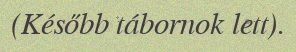
(Később tábornok lett).